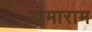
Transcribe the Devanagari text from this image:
खेमाराम